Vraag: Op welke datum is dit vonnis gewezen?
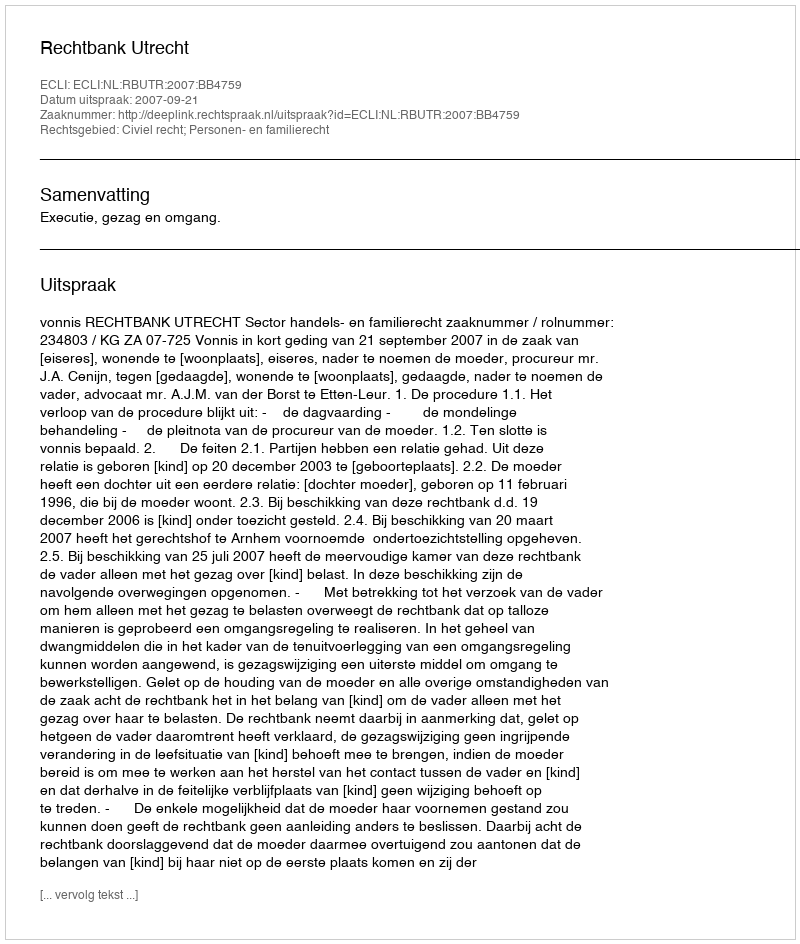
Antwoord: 2007-09-21